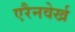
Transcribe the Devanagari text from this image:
एरैनवेर्ख